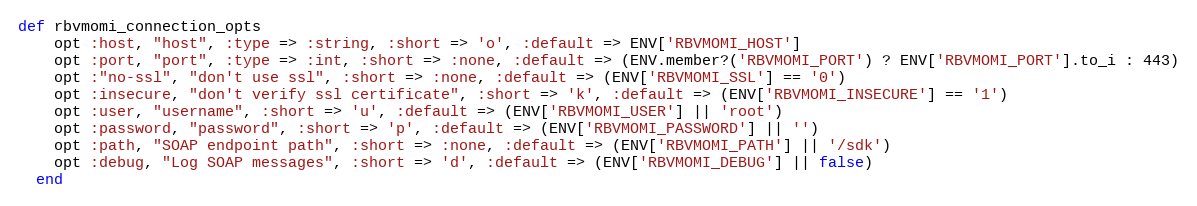
Language: Ruby
def rbvmomi_connection_opts
    opt :host, "host", :type => :string, :short => 'o', :default => ENV['RBVMOMI_HOST']
    opt :port, "port", :type => :int, :short => :none, :default => (ENV.member?('RBVMOMI_PORT') ? ENV['RBVMOMI_PORT'].to_i : 443)
    opt :"no-ssl", "don't use ssl", :short => :none, :default => (ENV['RBVMOMI_SSL'] == '0')
    opt :insecure, "don't verify ssl certificate", :short => 'k', :default => (ENV['RBVMOMI_INSECURE'] == '1')
    opt :user, "username", :short => 'u', :default => (ENV['RBVMOMI_USER'] || 'root')
    opt :password, "password", :short => 'p', :default => (ENV['RBVMOMI_PASSWORD'] || '')
    opt :path, "SOAP endpoint path", :short => :none, :default => (ENV['RBVMOMI_PATH'] || '/sdk')
    opt :debug, "Log SOAP messages", :short => 'd', :default => (ENV['RBVMOMI_DEBUG'] || false)
  end